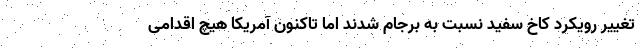
تغییر رویکرد کاخ سفید نسبت به برجام شدند اما تاکنون آمریکا هیچ اقدامی